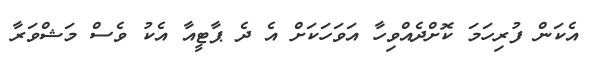
އެކަން ފުރިހަމަ ކޮށްދެއްވިހާ އަވަހަކަށް އެ ދެ ޕާޓީއާ އެކު ވެސް މަޝްވަރާ